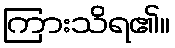
ကြားသိရ၏။